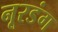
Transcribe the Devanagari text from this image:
नूरडंग